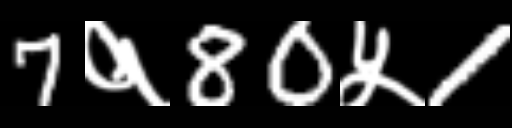
Text: 7१80५1